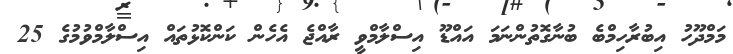
މަމްދޫހު އިބުރާހިމްބެ ބުނާގޮތުންނަމަ އައްޑޫ އިސްލާމްވީ ރާއްޖެ އެހެން ކަންކޮޅުތައް އިސްލާމްވުމުގެ 25